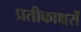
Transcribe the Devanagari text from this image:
प्रतीकाक्षरों